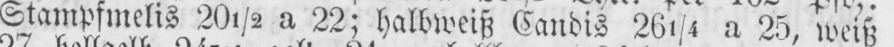
Stampfmelis 20½ a 22; halbweiß Candis 261/4 a 25, weiß